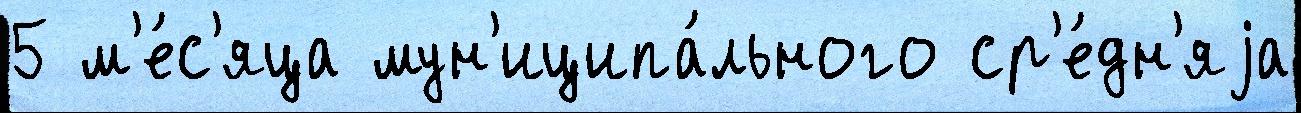
5 м'е́с'яца мун'иципа́льного ср'е́дн'яjа